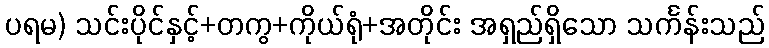
ပရမ) သင်းပိုင်နှင့်+တကွ+ကိုယ်ရုံ+အတိုင်း အရှည်ရှိသော သင်္ကန်းသည်